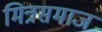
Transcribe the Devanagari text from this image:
मित्रसमाज